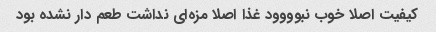
کیفیت اصلا خوب نبوووود غذا اصلا مزه‌ای نداشت طعم دار نشده بود